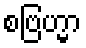
စဗြဟ္မာ